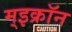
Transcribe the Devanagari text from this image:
म्इक्रॉन